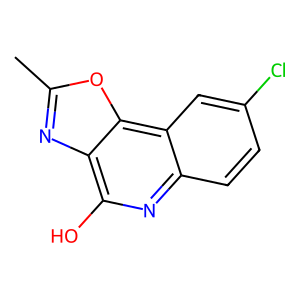
SMILES: Cc1nc2c(O)nc3ccc(Cl)cc3c2o1
Inhibits HIV replication: No